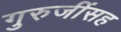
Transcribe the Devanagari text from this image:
गुरुजींसह